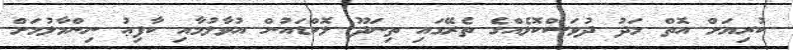
ކުރިޔަށް އޮތް މަދު ދުވަސްކޮޅެއްގެ ތެރޭގައި ތިނަދޫ ލޮކްޑައުން އުވާލުމާއި ކާފިޢު ނިންމާލުމަށް